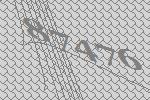
87476